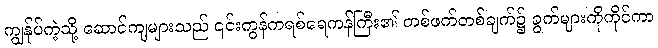
ကျွန်ုပ်ကဲ့သို့ ဆောင်ကျများသည် ၎င်းကွန်ကရစ်ရေကန်ကြီး၏ တစ်ဖက်တစ်ချက်၌ ခွက်များကိုကိုင်ကာ